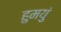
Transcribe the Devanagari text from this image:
हुमयुं